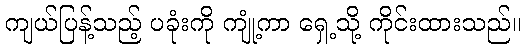
ကျယ်ပြန့်သည့် ပခုံးကို ကျုံ့ကာ ရှေ့သို့ ကိုင်းထားသည်။